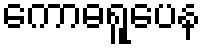
ကောဓရူပေန